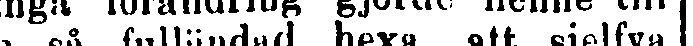
en så fulländad hexa, att sjelfva